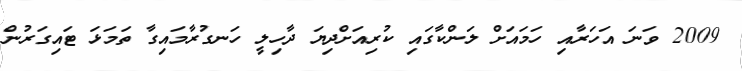
2009 ވަނަ އަހަރާއި ހަމައަށް ލަންކާގައި ކުރިއަށްދިޔަ ދާހިލީ ހަނގުރާމައިގާ ތަމަޅަ ޓައިގަރުން